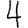
Digit: 4